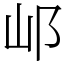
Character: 邖